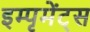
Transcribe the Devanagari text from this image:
इम्पृमेंट्स